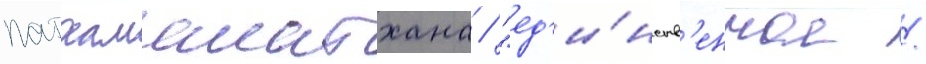
патхаманатхана / "ед'и́нств'енное /